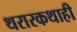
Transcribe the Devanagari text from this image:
थरारकथाही